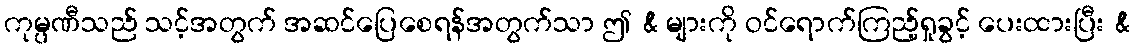
ကုမ္ပဏီသည် သင့်အတွက် အဆင်ပြေစေရန်အတွက်သာ ဤ & များကို ဝင်ရောက်ကြည့်ရှုခွင့် ပေးထားပြီး &